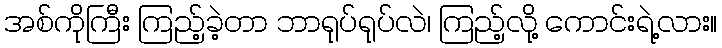
အစ်ကိုကြီး ကြည့်ခဲ့တာ ဘာရုပ်ရုပ်လဲ၊ ကြည့်လို့ ကောင်းရဲ့လား။